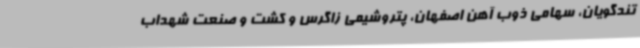
تندگویان، سهامی ذوب آهن اصفهان، پتروشیمی زاگرس و کشت و صنعت شهداب